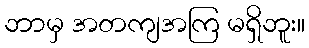
ဘာမှ အတကျအကြ မရှိဘူး။